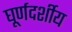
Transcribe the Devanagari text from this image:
घूर्णदर्शीय